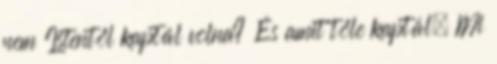
nem Istentől kaptál volna? És amit tőle kaptál, Mi